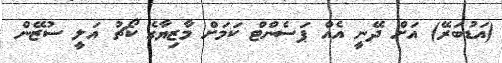
(އަޑުބަރޭ) އަށް ދޭނީ އެއް ޕަސެންޓް ކަމަށް މާޒިޔާގެ ކޯޗު އަލީ ސުޒޭން